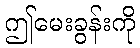
ဤမေးခွန်းကို